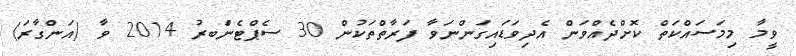
ވީމާ މިމަސައްކަތް ކޮށްދެއްވަން އެދިވަޑައިގަންނަވާ ފަރާތްތަކުން 30 ސެޕްޓެންަބރު 2014 ވާ (އަންގާރަ)